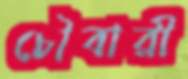
চৌবারী